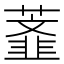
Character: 𰲅